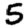
Digit: 5